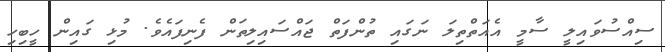
ސިއްސުވައިލީ ސާމީ އެއަތްތިލަ ނަގައި ތުންފަތް ޖައްސައިލިތަން ފެނިފައެވެ. މުޅި ގައިން ހީބިހި